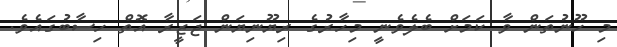
މި ހޫނުތަން ވާ ކަމަށް ބެލެވެނީ މިހާރުގެ ރިޔޫނިޔަން ޖަޒީރާ އޮތް ހިސާބުގައެވެ.